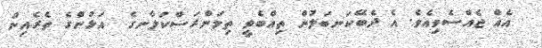
އެއް ޖެއްސެވިއެވެ. އެ ދެބޭކަނބަލުން ތިއްބެވީ ތިމަންރަސްކަލާނގެ  އަޅުންގެ ތެރެއިން